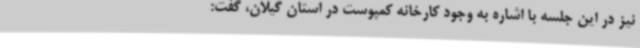
نیز در این جلسه با اشاره به وجود کارخانه کمپوست در استان گیلان، گفت: